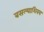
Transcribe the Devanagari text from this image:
बसल्याशिवय